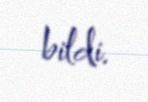
bildi.